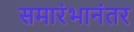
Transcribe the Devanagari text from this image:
समारंभानंतर